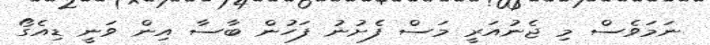
ނަމަވެސް މި ޖެނުއަރީ މަސް ފެށުނު ފަހުން ބާސާ އިން ވަނީ ޑިއެގޯ